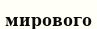
мирового